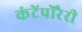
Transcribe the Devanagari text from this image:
कंटेंपोरैरी